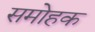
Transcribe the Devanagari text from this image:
समोहक